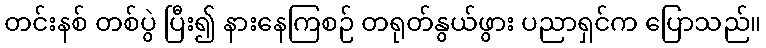
တင်းနစ် တစ်ပွဲ ပြီး၍ နားနေကြစဉ် တရုတ်နွယ်ဖွား ပညာရှင်က ပြောသည်။